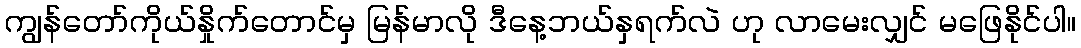
ကျွန်တော်ကိုယ်နှိုက်တောင်မှ မြန်မာလို ဒီနေ့ဘယ်နှရက်လဲ ဟု လာမေးလျှင် မဖြေနိုင်ပါ။